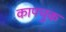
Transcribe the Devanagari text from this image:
कापचुक